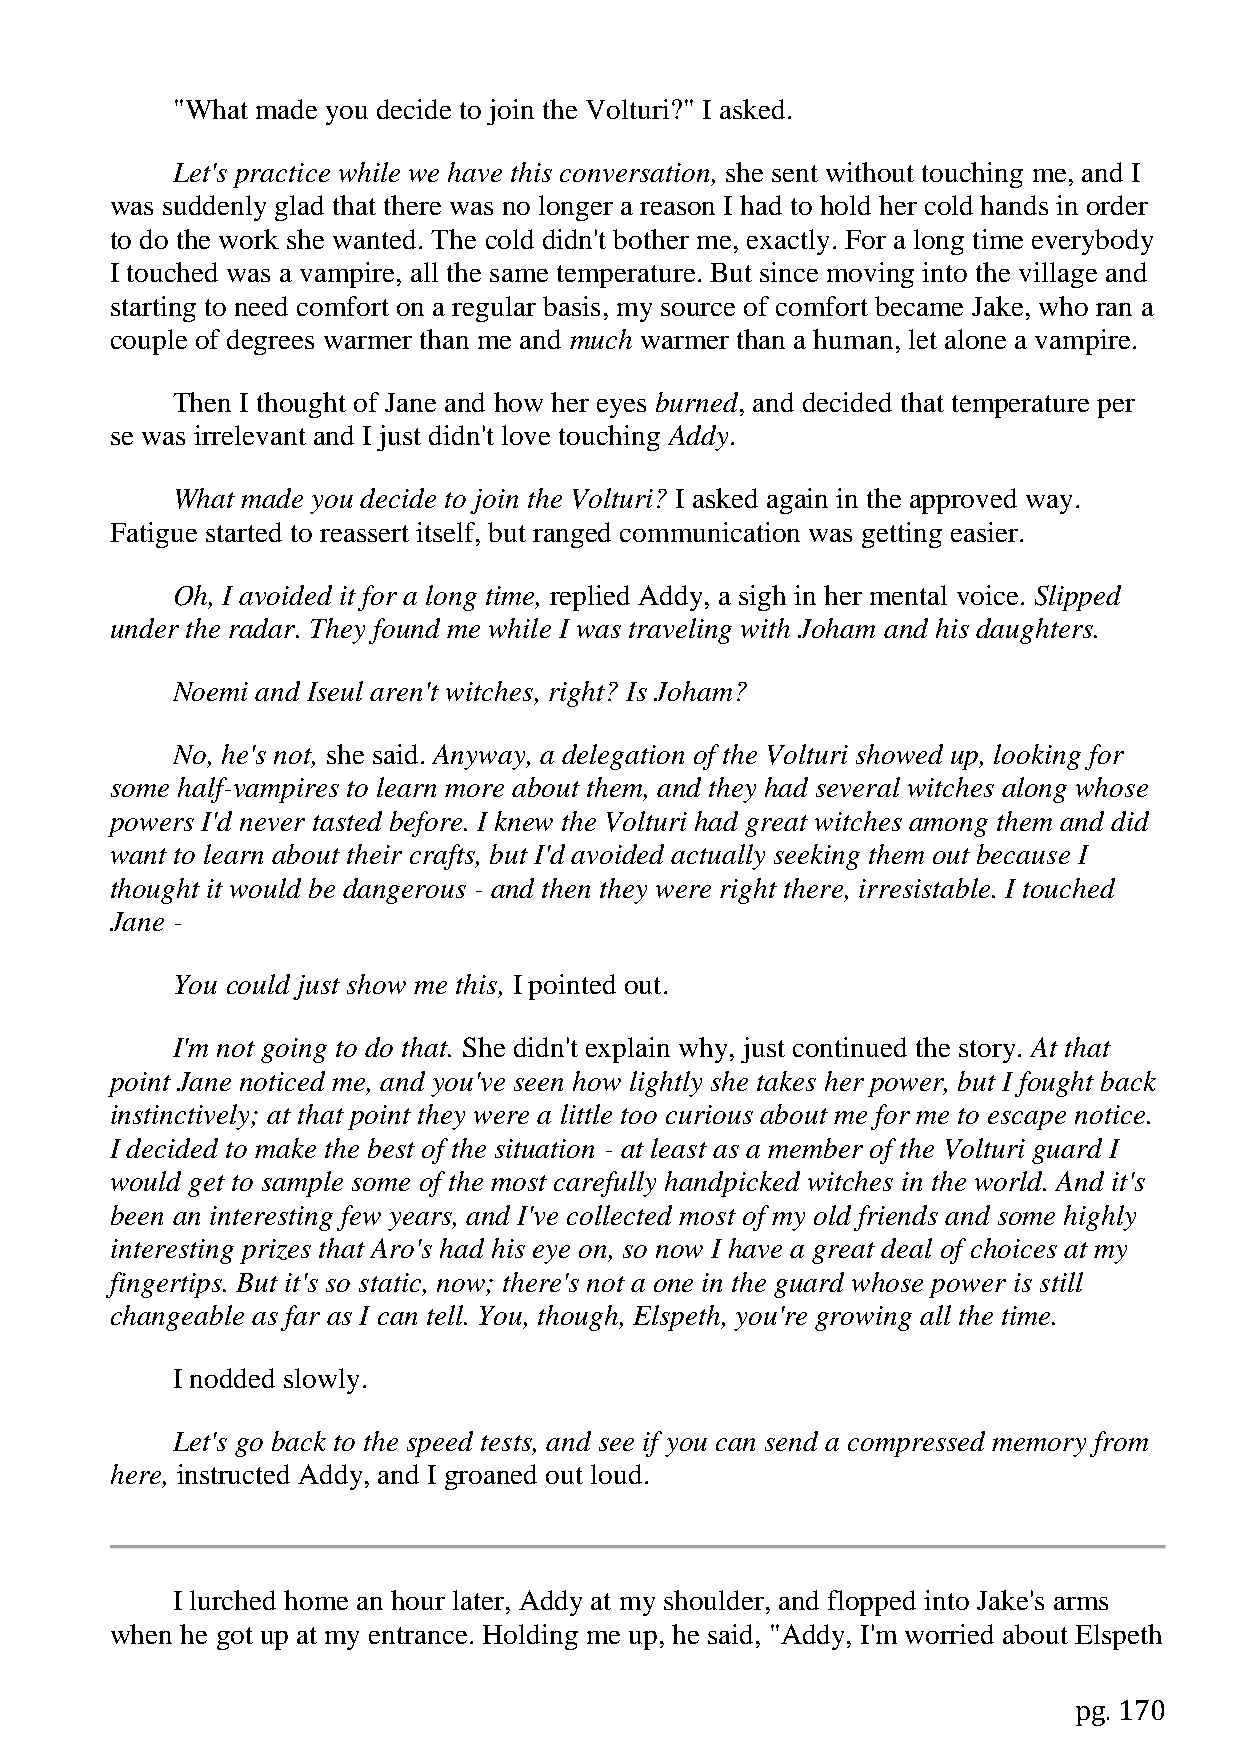
"What made you decide to join the Volturi?" I asked.
 Let's practice while we have this conversation, she sent without touching me, and I
 was suddenly glad that there was no longer a reason I had to hold her cold hands in order
 to do the work she wanted. The cold didn't bother me, exactly. For a long time everybody
 I touched was a vampire, all the same temperature. But since moving into the village and
 starting to need comfort on a regular basis, my source of comfort became Jake, who ran a
 couple of degrees warmer than me and much warmer than a human, let alone a vampire.
 Then I thought of Jane and how her eyes burned, and decided that temperature per
 se was irrelevant and I just didn't love touching Addy.
 What made you decide to join the Volturi? I asked again in the approved way.
 Fatigue started to reassert itself, but ranged communication was getting easier.
 Oh, I avoided it for a long time, replied Addy, a sigh in her mental voice. Slipped
 under the radar. They found me while I was traveling with Joham and his daughters.
 Noemi and Iseul aren't witches, right? Is Joham?
 No, he's not, she said. Anyway, a delegation of the Volturi showed up, looking for
 some half-vampires to learn more about them, and they had several witches along whose
 powers I'd never tasted before. I knew the Volturi had great witches among them and did
 want to learn about their crafts, but I'd avoided actually seeking them out because I
 thought it would be dangerous - and then they were right there, irresistable. I touched
 Jane -
 You could just show me this, I pointed out.
 I'm not going to do that. She didn't explain why, just continued the story. At that
 point Jane noticed me, and you've seen how lightly she takes her power, but I fought back
 instinctively; at that point they were a little too curious about me for me to escape notice.
 I decided to make the best of the situation - at least as a member of the Volturi guard I
 would get to sample some of the most carefully handpicked witches in the world. And it's
 been an interesting few years, and I've collected most of my old friends and some highly
 interesting prizes that Aro's had his eye on, so now I have a great deal of choices at my
 fingertips. But it's so static, now; there's not a one in the guard whose power is still
 changeable as far as I can tell. You, though, Elspeth, you're growing all the time.
 I nodded slowly.
 Let's go back to the speed tests, and see if you can send a compressed memory from
 here, instructed Addy, and I groaned out loud.
 I lurched home an hour later, Addy at my shoulder, and flopped into Jake's arms
 when he got up at my entrance. Holding me up, he said, "Addy, I'm worried about Elspeth
 pg. 170